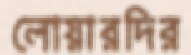
লোয়ারদির